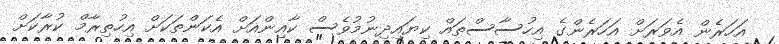
އަހަރެން އެވަރަށް އަހަރެންގެ އިހުސާސްތައް ކިޔައިދިނުމުވެސް ކާއިންއަށް އެކަންތަކަށް އިހުތިރާމް ކުރާކަށް